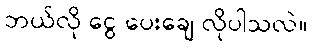
ဘယ်လို ငွေ ပေးချေ လိုပါသလဲ။